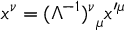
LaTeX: x ^ { \nu } = { ( \Lambda ^ { - 1 } ) ^ { \nu } } _ { \mu } x ^ { \prime \mu }